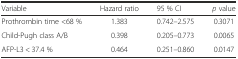
<table><thead><tr><td><b>Variable</b></td><td><b>Hazard ratio</b></td><td><b>95 % CI</b></td><td><b><i>p</i> value</b></td></tr></thead><tbody><tr><td>Prothrombin time &lt;68 %</td><td>1.383</td><td>0.742–2.575</td><td>0.3071</td></tr><tr><td>Child-Pugh class A/B</td><td>0.398</td><td>0.205–0.773</td><td>0.0065</td></tr><tr><td>AFP-L3 &lt; 37.4 %</td><td>0.464</td><td>0.251–0.860</td><td>0.0147</td></tr></tbody></table>